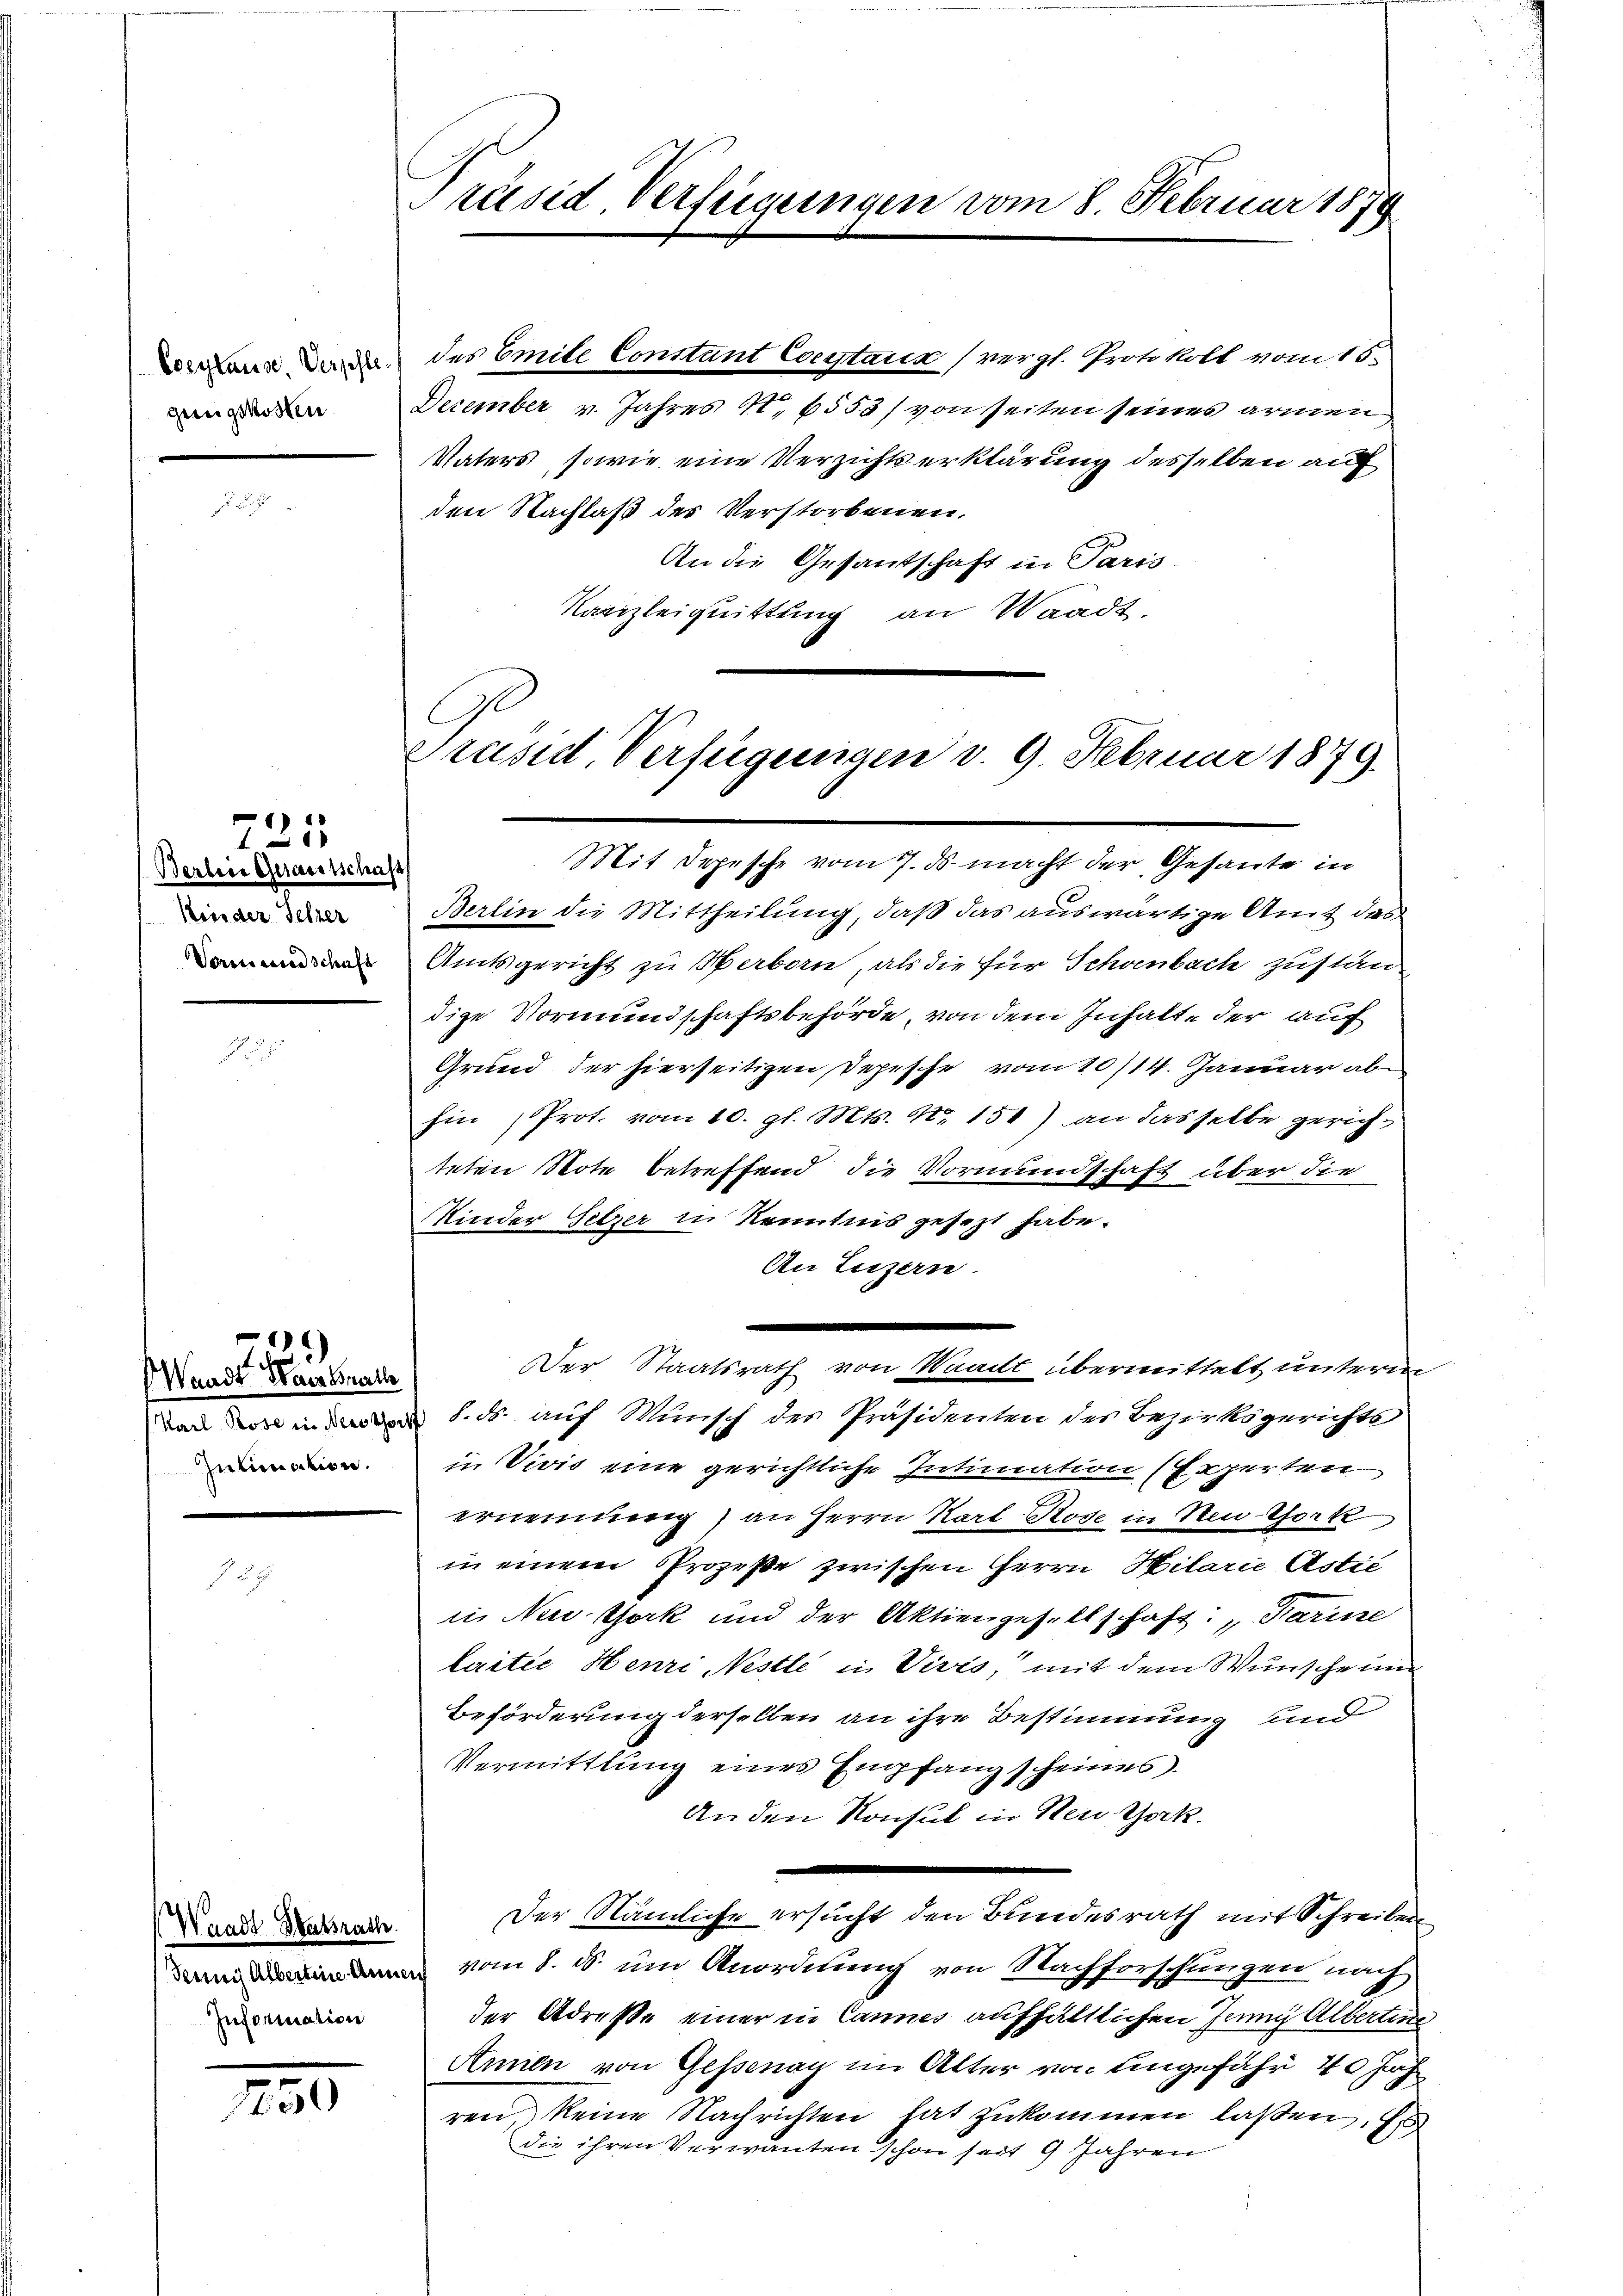
gee gekosten

725
Berbene Gerausschaft
Kinder Gelzer
Vormundschaft

Waadt Frau al
Intimation.

Waadt Hatsrath.
Information

250

Präsid. Verfügungen vom 8. Februar 1879

December v. Jahres S. 6553/ von seiten seines armen
Vaters, sowie eine Verzichtserklärung desselben auf
den Nachlaß des Verstorbenen.
An die Gesantschaft in Paris-
Kanzleiquittung an Waadt,
Präsid, Verfügungen d. 9. Februar 1879.

Mit Depesche vom 7. ds. macht der Gesante in
Berlin die Mittheilung, daß das auswärtige Amt das
Amtsgericht zu Herborn, als die für Schenbach zustän
dige Vormundschaftsbehörde, von dem Inhalte der auf
Grund der hierseitigen Depesche vom 10/14. Januar ab
hin (Prot. vom 10. gl. Mts. Nr. 151) an dasselbe gerichteten Note betreffend die Vormundschaft über die
Kinder Gitzer in Kenntnis gesezt habe.
An Luzern.
ad 1. ds. auf Munisch des Präsidenten des Bezirksgerichte
in Vivis eine gerichtliche Intimation (Experten
ernennung) an Herrn Karl Rose in New-York
in einem Prozeße zwischen Herrn Hilarie Astić
in New York und der Aktiengesellschaft: „darine
lartie Henri Nestle in Visis, mit dem Wunsche und
Beförderung derselben an ihre Bestimmung und
Vermittlung eines Empfang scheines
An den Konsul in Neu Jak.
Der Nämliche ersucht den Bundesrath mit Schreiben
 vom 8. d. um Anordnung von Nachforschungen nach
der Adresse einer in Cannes aufhältlichen Junij Albertine
Annen von Gessenay im Alter von eingefähr 40 Jah
ren, keine Nachrichten hat zukommen laßen. Es
die ihren Verwanten schon seit 9 Jahren

d des Emite Constant Constand (vergl. Protokoll vom 15.

.
Der Staatsrath von Waadt übermittelt unterm